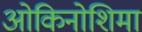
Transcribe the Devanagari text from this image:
ओकिनोशिमा